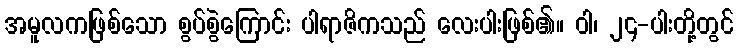
အမူလကဖြစ်သော စွပ်စွဲကြောင်း ပါရာဇိကသည် လေးပါးဖြစ်၏။ ဝါ၊ ၂၄-ပါးတို့တွင်